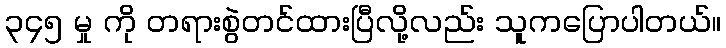
၃၄၅ မှု ကို တရားစွဲတင်ထားပြီလို့လည်း သူကပြောပါတယ်။